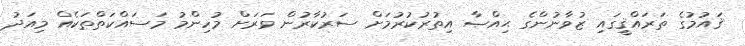
ޤައުމުގެ ތަރައްޤީގައި ޒުވާނުންގެ ޙިއްޞާ އިތުރުކުރުމަށް ސަރުކާރުން ވަރަށް މުހިންމު މަސައްކަތްތަކެއް މިއަދު